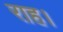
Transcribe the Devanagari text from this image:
राह।